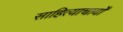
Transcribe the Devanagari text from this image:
साहित्याचार्यों